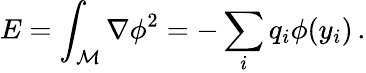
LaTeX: E=\int_{{\cal M}}{\nabla\phi}^{2}=-\sum_{i}q_{i}\phi(y_{i})\, .